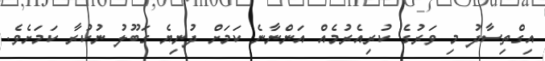
އިގްތިސާދު މި ވަރުގެ ކުރިއެރުމެއް އަންނާނެ ކަމަށް ދުނިޔެ ގަބޫލު ނުކުރާ ކަމަށެވެ.